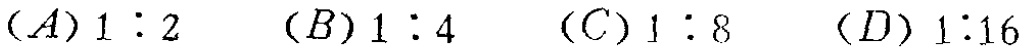
$(A)1:2\quad (B)1:4\quad (C)1:8\quad (D)1:16$